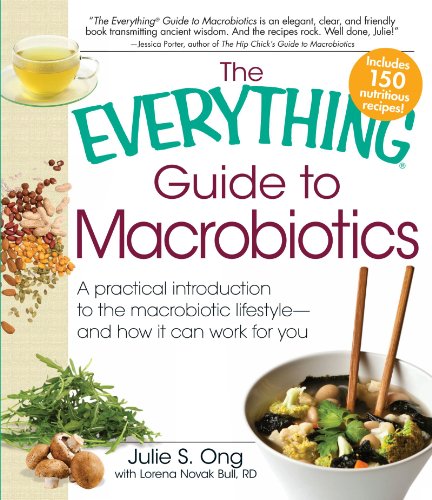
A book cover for The Everything Guide to Macrobiotics: A practical introduction to the macrobiotic lifestyle - and how it can work for you; Julie S. Ong; Health, Fitness & Dieting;